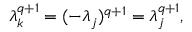
\lambda _ { k } ^ { q + 1 } = ( - \lambda _ { j } ) ^ { q + 1 } = \lambda _ { j } ^ { q + 1 } ,